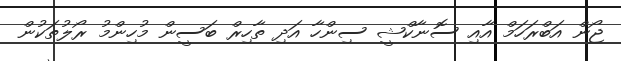
ޖޯން އަބްރަހަމް އާއި ސޮނާކްޝީ ސިންހާ އަދި ތާހިރް ބަސީން މުހިންމު ރޯލުތަކުން